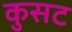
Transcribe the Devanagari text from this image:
कुसट